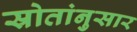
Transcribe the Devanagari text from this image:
स्रोतांनुसार